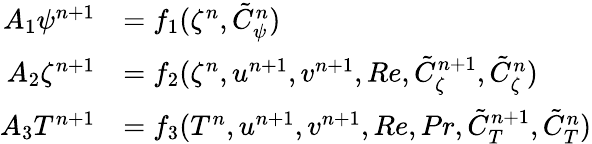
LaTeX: \begin{array}{rl}{A_{1}\psi^{n+1}}&{=f_{1}(\zeta^{n},\tilde{C}_{\psi}^{n})}\\ {A_{2}\zeta^{n+1}}&{=f_{2}(\zeta^{n},u^{n+1},v^{n+1},Re,\tilde{C}_{\zeta}^{n+1},\tilde{C}_{\zeta}^{n})}\\ {A_{3}T^{n+1}}&{=f_{3}(T^{n},u^{n+1},v^{n+1},Re,Pr,\tilde{C}_{T}^{n+1},\tilde{C}_{T}^{n})}\end{array}